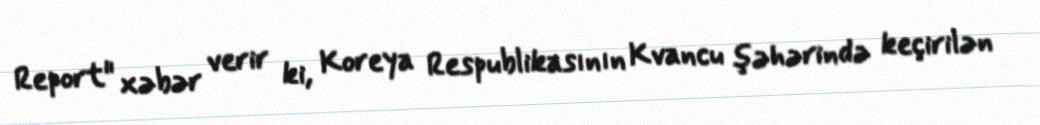
Report" xəbər verir ki, Koreya Respublikasının Kvancu şəhərində keçirilən